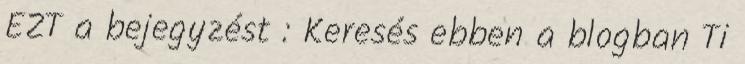
EZT a bejegyzést : Keresés ebben a blogban Ti